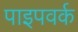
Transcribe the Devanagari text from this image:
पाइपवर्क